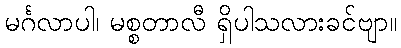
မင်္ဂလာပါ၊ မစ္စတာလီ ရှိပါသလားခင်ဗျာ။